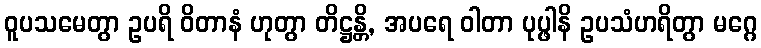
ဝူပသမေတွာ ဥပရိ ဝိတာနံ ဟုတွာ တိဋ္ဌန္တိ, အပရေ ဝါတာ ပုပ္ဖါနိ ဥပသံဟရိတွာ မဂ္ဂေ